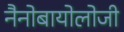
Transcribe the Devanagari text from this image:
नैनोबायोलोजी